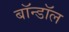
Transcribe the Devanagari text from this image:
बॉन्डॉल